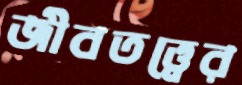
জীবতত্ত্বের